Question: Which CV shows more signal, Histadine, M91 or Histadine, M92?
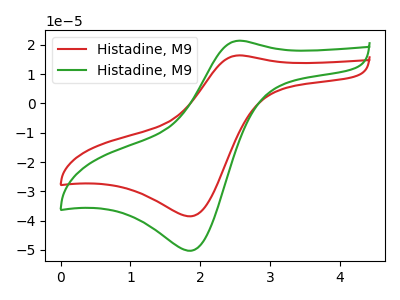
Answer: <think>The red curve "Histadine, M91" has an anodic peak at (2.55V, 16.45uA) and a cathodic peak at (1.90V, -38.50uA). The green curve "Histadine, M92" has an anodic peak at (2.55V, 21.45uA) and a cathodic peak at (1.90V, -50.25uA).
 All the peaks in "Histadine, M91" have a peak in "Histadine, M92" at the same potential. Every peak in "Histadine, M91" is lower than every peak in "Histadine, M92".</think>
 <answer>"Histadine, M91" has less signal than "Histadine, M92".</answer>
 <eval>less_signal</eval>